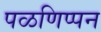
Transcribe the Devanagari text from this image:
पळणिप्पन